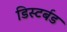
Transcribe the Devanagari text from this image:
डिस्टर्बड